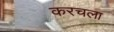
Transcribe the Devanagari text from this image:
करचला